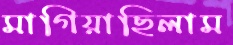
মাগিয়াছিলাম